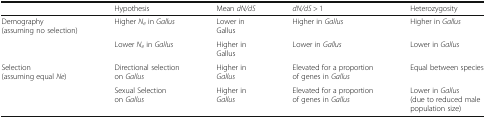
|  | Hypothesis | Mean dN/dS | dN/dS > 1 | Heterozygosity |
 | --- | --- | --- | --- | --- |
 | Demography (assuming no selection) | Higher Ne in Gallus | Lower in Gallus | Higher in Gallus | Higher in Gallus |
 |  | Lower Ne in Gallus | Higher in Gallus | Lower in Gallus | Lower in Gallus |
 | Selection (assuming equal Ne) | Directional selection on Gallus | Higher in Gallus | Elevated for a proportion of genes in Gallus | Equal between species |
 |  | Sexual Selection on Gallus | Higher in Gallus | Elevated for a proportion of genes in Gallus | Lower in Gallus (due to reduced male population size) |